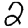
Digit: 2